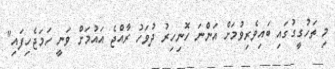
މި ތަހުގީގުގައި ބައިވެރިވުމަށް އަންނަ ހޮނިހިރު ދުވަހު ރާއްޖެ އައުމަށް ވަނީ ހަމަޖެހިފައި"